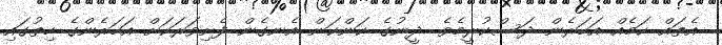
އެތައް ކަމެއް އަހަރެން ދަސްކުރީމެވެ. ދީނުގެ ކަންކަން އެނގެން ފެށިވަރަކަށް އަހަރެންގެ ހިތުގައި